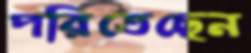
পরিতেছেন